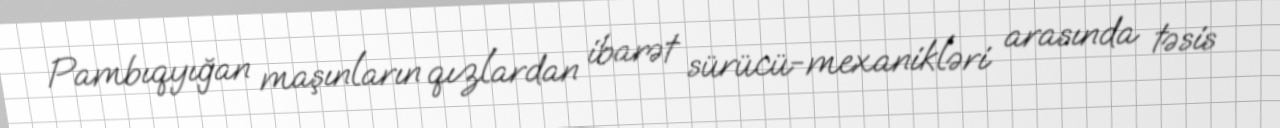
Pambıqyığan maşınların qızlardan ibarət sürücü-mexanikləri arasında təsis